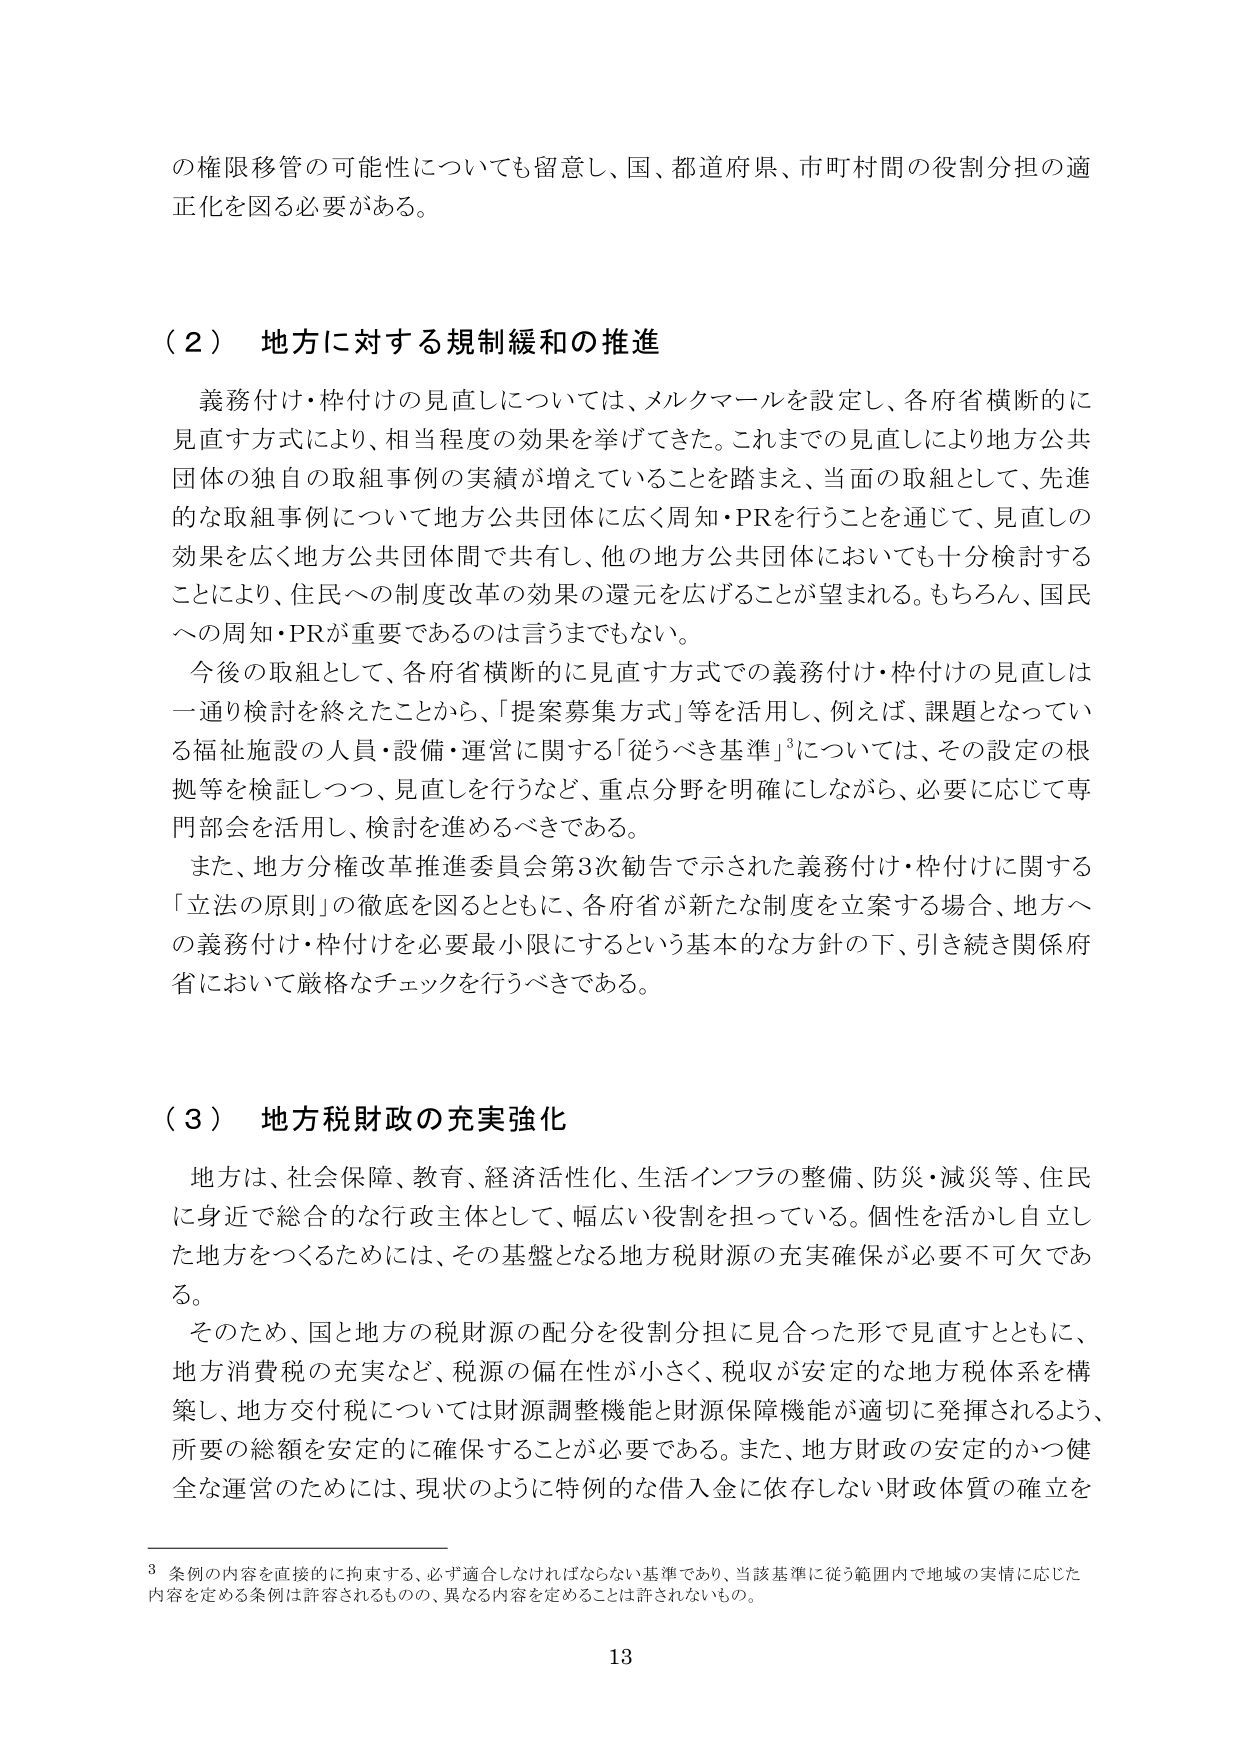
の権限移管の可能性についても留意し、国、都道府県、市町村間の役割分担の適正化を図る必要がある。

（２）地方に対する規制緩和の推進

義務付け・枠付けの見直しについては、マルクマールを設定し、各府省横断的に見直す方式により、相当程度の効果を挙げてきた。これまでの見直しにより地方公共団体の独自の取組事例の実績が増えていることを踏まえ、当面の取組として、先進的な取組事例について地方公共団体に広く周知・PRを行うことを通じて、見直しの効果を広く地方公共団体間で共有し、他の地方公共団体においても十分検討することにより、住民への制度改革の効果の還元を広げることが望まれる。もちろん、国民への周知・PRが重要であるのは言うまでもない。

今後の取組として、各府省横断的に見直す方式での義務付け・枠付けの見直しは一通り検討を終えたことから、「提案募集方式」等を活用し、例えば、課題となっている福祉施設の人員・設備・運営に関する「従うべき基準」³については、その設定の根拠等を検証しつつ、見直しを行うなど、重点分野を明確にしながら、必要に応じて専門部会を活用し、検討を進めるべきである。

また、地方分権改革推進委員会第3次勧告で示された義務付け・枠付けに関する「立法の原則」の徹底を図るとともに、各府省が新たな制度を立案する場合、地方への義務付け・枠付けを必要最小限にするという基本的な方針の下、引き続き関係府省において厳格なチェックを行うべきである。

（３）地方税財政の充実強化

地方は、社会保障、教育、経済活性化、生活インフラの整備、防災・減災等、住民に身近で総合的な行政主体として、幅広い役割を担っている。個性を活かし自立した地方をつくるためには、その基盤となる地方税財源の充実確保が必要不可欠である。

そのため、国と地方の税財源の配分を役割分担に見合った形で見直すとともに、地方消費税の充実など、税源の偏在性が小さく、税収が安定的な地方税体系を構築し、地方交付税については財源調整機能と財源保障機能が適切に発揮されるよう、所要の総額を安定的に確保することが必要である。また、地方財政の安定的かつ健全な運営のためには、現状のように特例的な借入金に依存しない財政体質の確立を

³ 条例の内容を直接的に拘束する、必ず適合しなければならない基準であり、当該基準に従う範囲内で地域の実情に応じた内容を定める条例は許容されるものの、異なる内容を定めることは許されないもの。

13